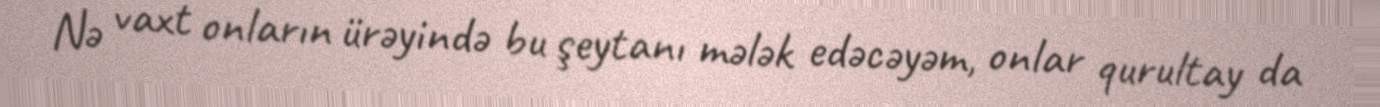
Nə vaxt onların ürəyində bu şeytanı mələk edəcəyəm, onlar qurultay da